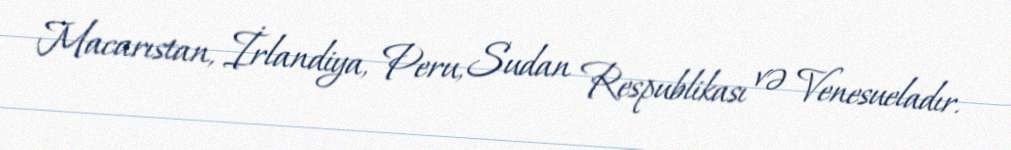
Macarıstan, İrlandiya, Peru, Sudan Respublikası və Venesueladır.